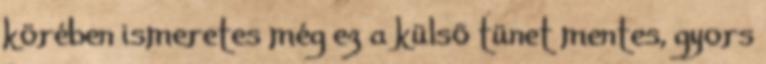
körében ismeretes még ez a külsõ tünet mentes, gyors